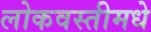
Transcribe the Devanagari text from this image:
लोकवस्तीमधे